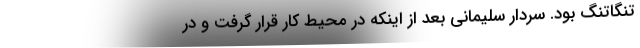
تنگاتنگ بود. سردار سلیمانی بعد از اینکه در محیط کار قرار گرفت و در